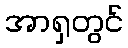
အာရှတွင်